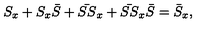
S _ { x } + S _ { x } \bar { S } + \bar { S S } _ { x } + \bar { S S } _ { x } \bar { S } = \bar { S } _ { x } ,